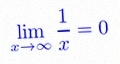
\lim_{x\to\infty}\frac{1}{x}=0